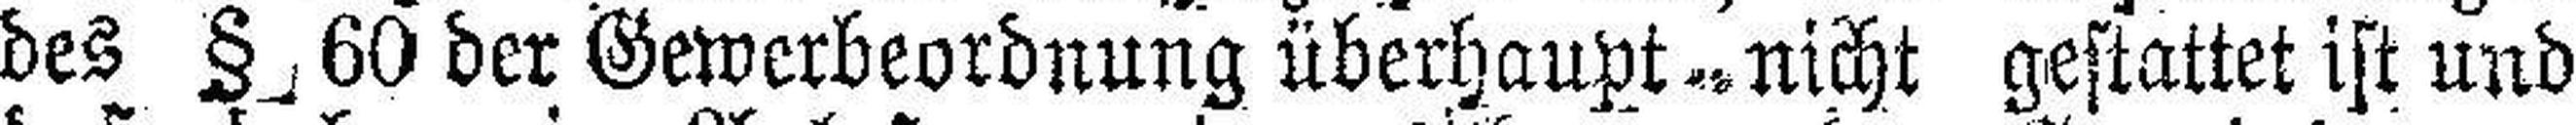
des § 60 der Gewerbeordnung überhaupt - nicht gestattet ist und